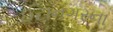
ઈટાનગરના